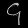
Digit: ၄